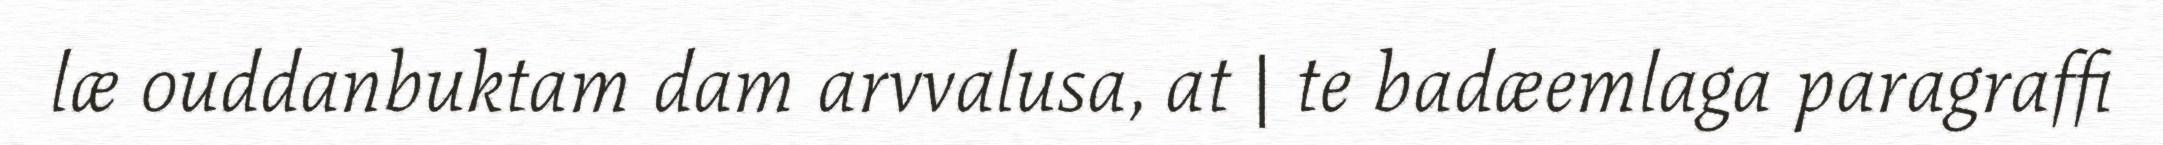
læ ouddanbuktam dam arvvalusa, at | te badæemlaga paragraffi